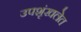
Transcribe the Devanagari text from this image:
उपशृंखलेत